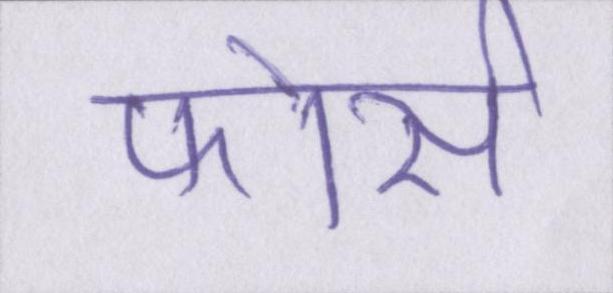
फोर्स